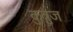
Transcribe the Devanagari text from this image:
कुत्रुज